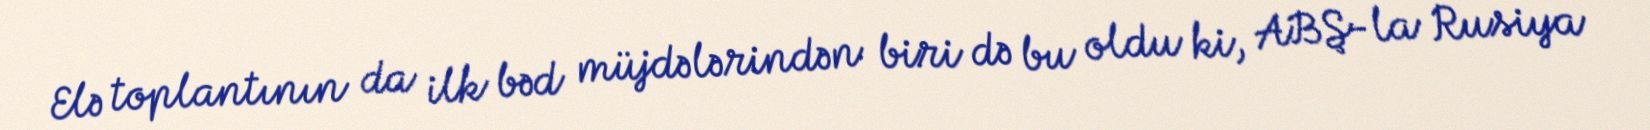
Elə toplantının da ilk bəd müjdələrindən biri də bu oldu ki, ABŞ-la Rusiya